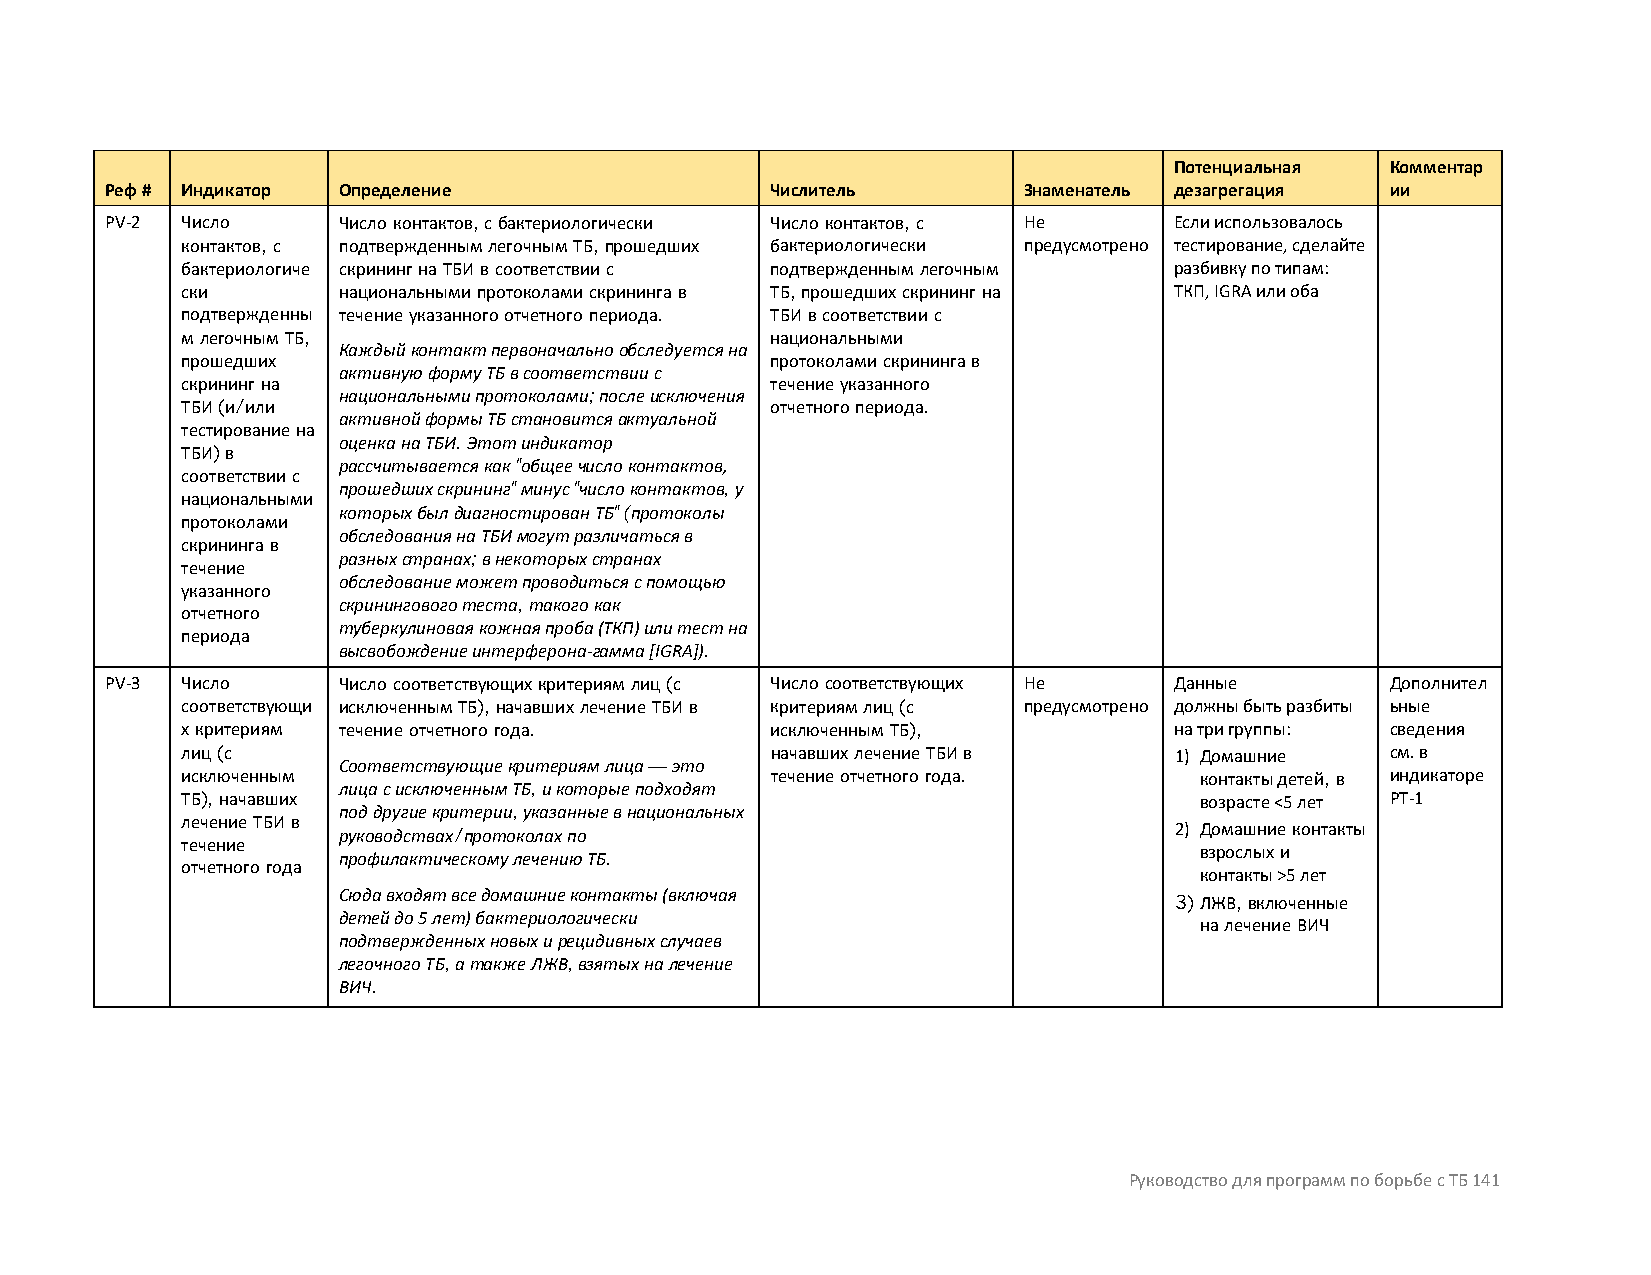
Потенциальная Комментар
 Реф # Индикатор Определение                 Числитель        Знаменатель дезагрегация ии
 PV-2 Число     Число контактов, с бактериологически Число контактов, с Не Если использовалось
 контактов, с подтвержденным легочным ТБ, прошедших бактериологически предусмотрено тестирование, сделайте
 бактериологиче скрининг на ТБИ в соответствии с подтвержденным легочным разбивку по типам:
 ски       национальными протоколами скрининга в ТБ, прошедших скрининг на ТКП, IGRA или оба
 подтвержденны течение указанного отчетного периода. ТБИ в соответствии с
 м легочным ТБ,                         национальными
 Каждый контакт первоначально обследуется на
 прошедших                              протоколами скрининга в
 активную форму ТБ в соответствии с
 скрининг на                            течение указанного
 национальными протоколами; после исключения
 ТБИ (и/или                             отчетного периода.
 активной формы ТБ становится актуальной
 тестирование на
 оценка на ТБИ. Этот индикатор
 ТБИ) в
 рассчитывается как "общее число контактов,
 соответствии с
 прошедших скрининг" минус "число контактов, у
 национальными
 которых был диагностирован ТБ" (протоколы
 протоколами
 обследования на ТБИ могут различаться в
 скрининга в
 разных странах; в некоторых странах
 течение
 обследование может проводиться с помощью
 указанного
 скринингового теста, такого как
 отчетного
 туберкулиновая кожная проба (ТКП) или тест на
 периода
 высвобождение интерферона-гамма [IGRA]).
 PV-3 Число     Число соответствующих критериям лиц (с Число соответствующих Не Данные Дополнител
 соответствующи исключенным ТБ), начавших лечение ТБИ в критериям лиц (с предусмотрено должны быть разбиты ьные
 х критериям течение отчетного года.    исключенным ТБ),           на три группы: сведения
 лиц (с                                 начавших лечение ТБИ в     1) Домашние   см. в
 Соответствующие критериям лица — это
 исключенным                            течение отчетного года.     контакты детей, в индикаторе
 лица с исключенным ТБ, и которые подходят
 ТБ), начавших                                                      возрасте <5 лет PT-1
 под другие критерии, указанные в национальных
 лечение ТБИ в
 руководствах/протоколах по                              2) Домашние контакты
 течение
 профилактическому лечению ТБ.                            взрослых и
 отчетного года
 контакты >5 лет
 Сюда входят все домашние контакты (включая
 3) ЛЖВ, включенные
 детей до 5 лет) бактериологически
 на лечение ВИЧ
 подтвержденных новых и рецидивных случаев
 легочного ТБ, а также ЛЖВ, взятых на лечение
 ВИЧ.
 Руководство для программ по борьбе с ТБ 141